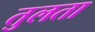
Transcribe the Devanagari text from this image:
तुलता